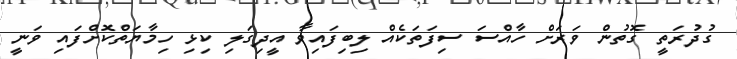
ގުދުރަތީ ގޮތުން ވަރަށް ހާއްސަ ސިފަތަކެއް ލިބިފައިވާ އީދިގަލި ކިޅި ހިމާޔަތްކޮށްފައި ވަނީ